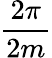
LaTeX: \frac{2\pi}{2m}